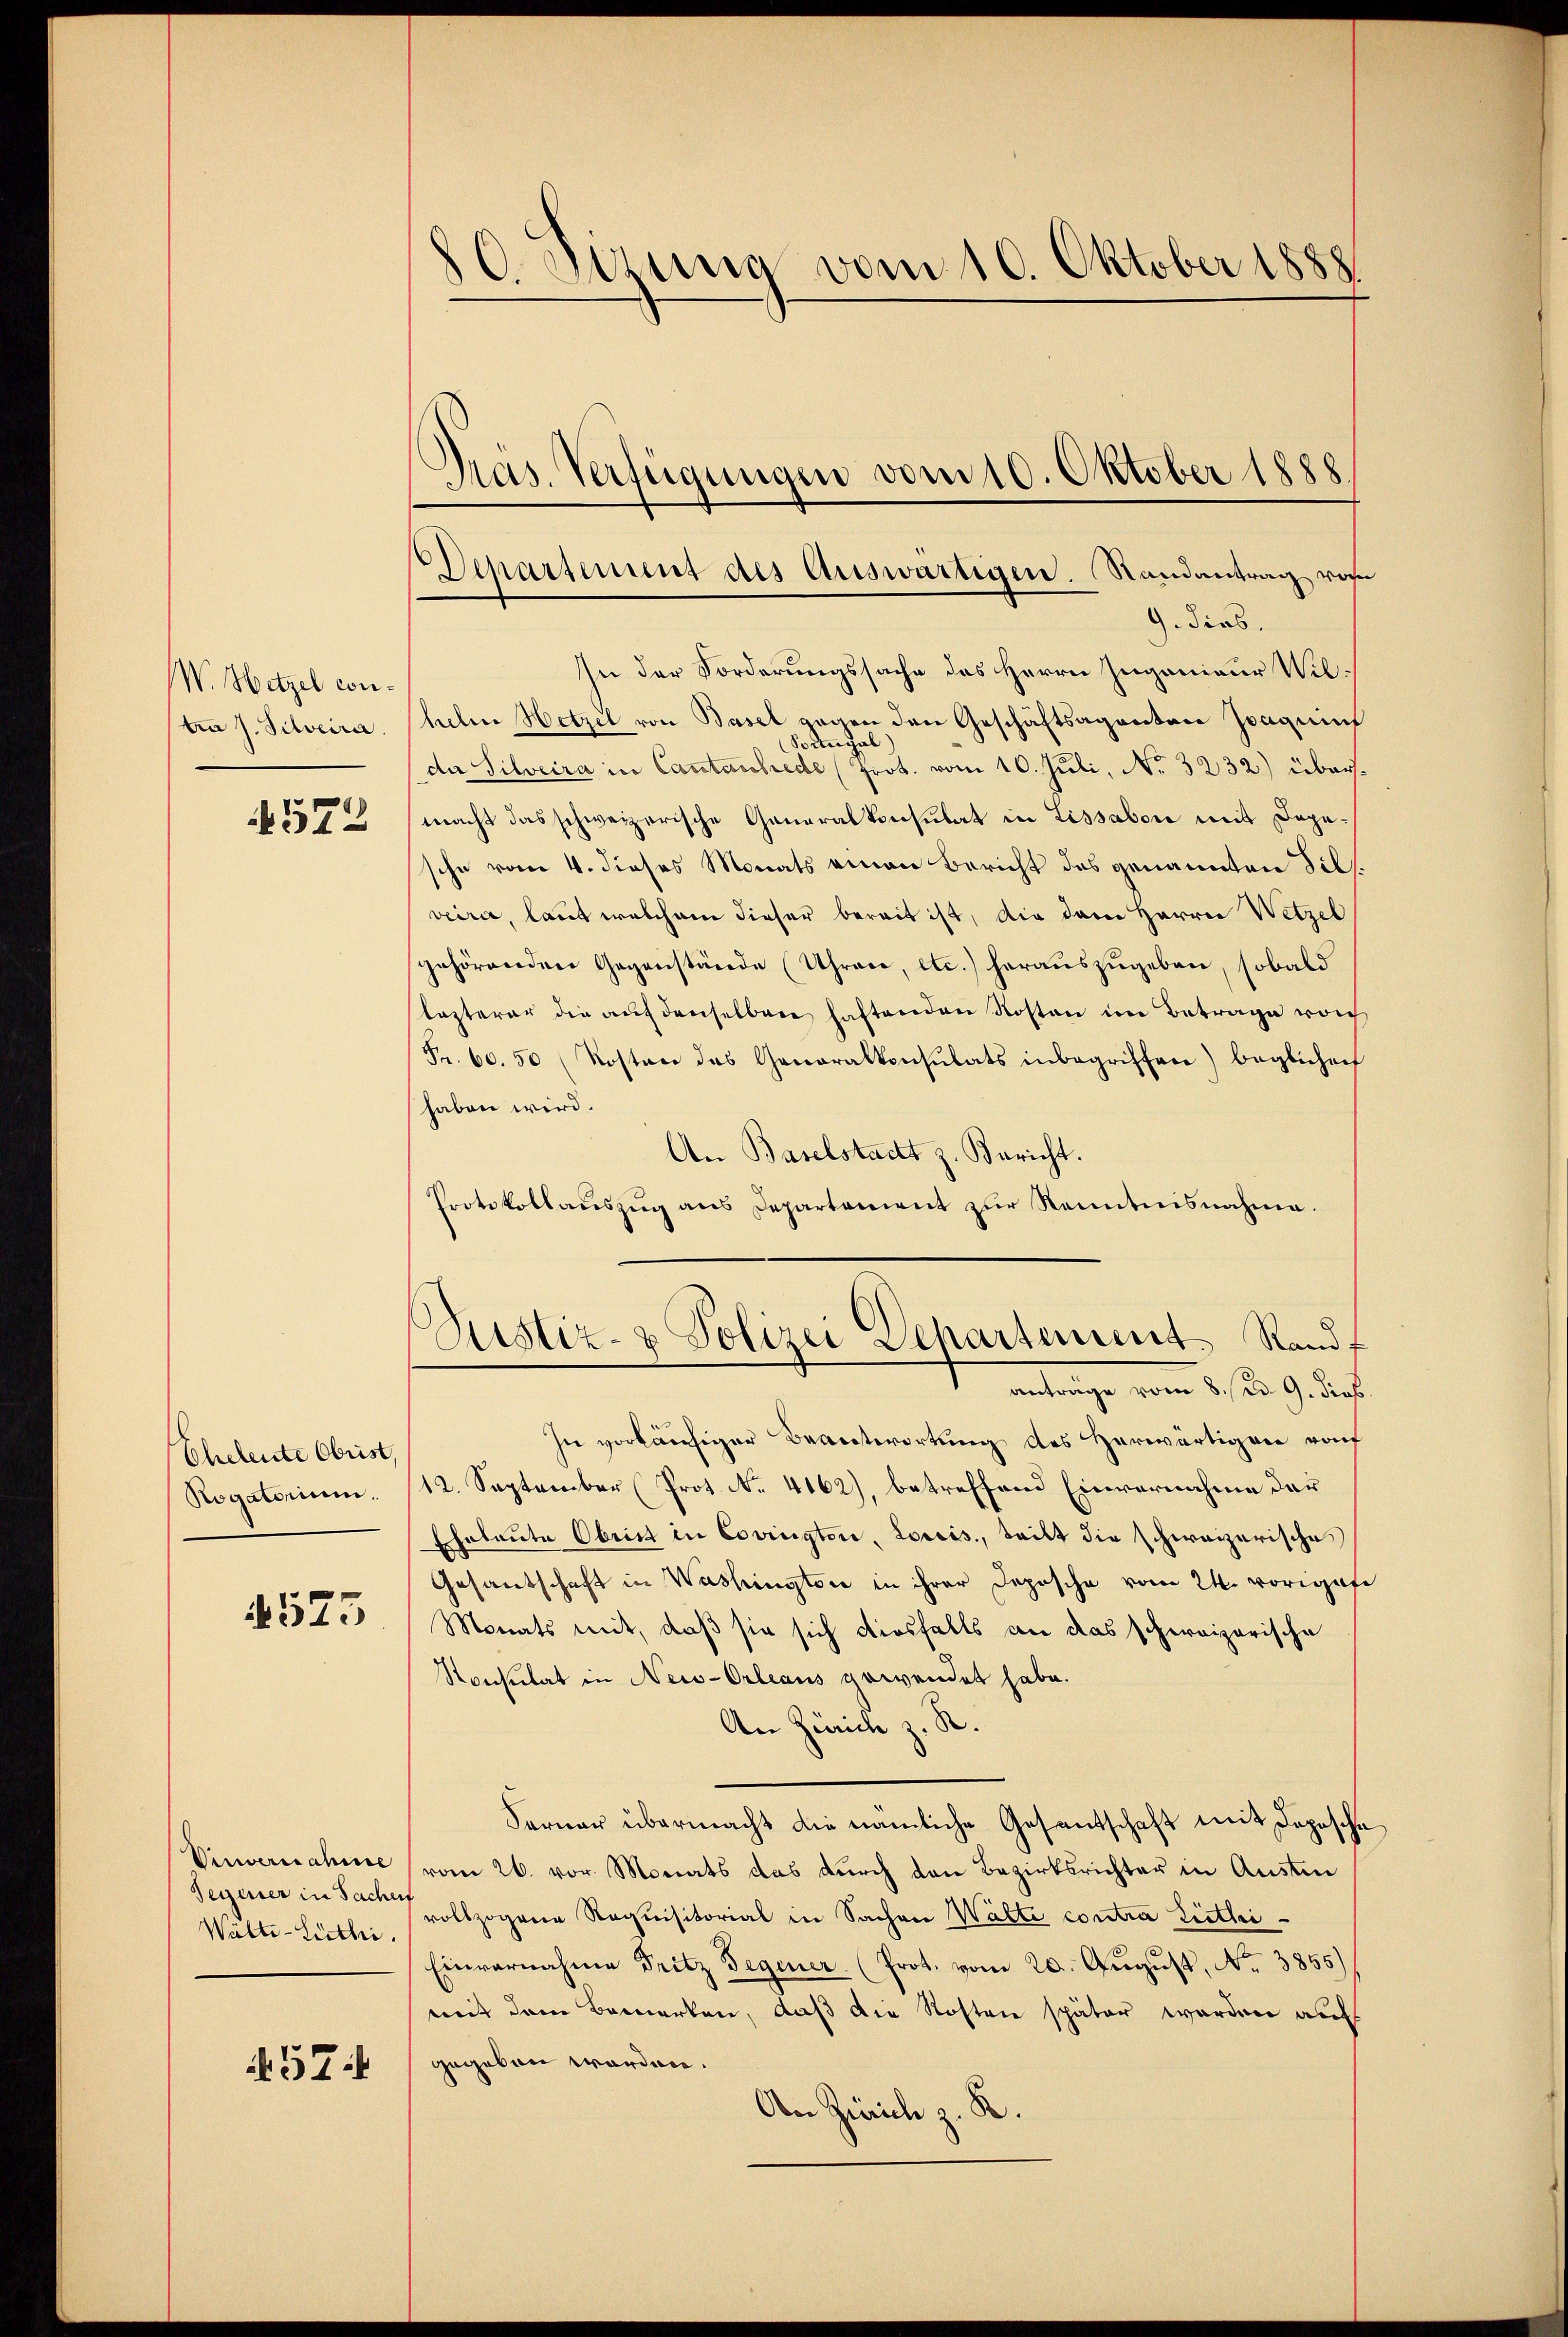
W. Hetzel contra J. Silveira
4572

Eheleute Obrist,
Rogatorium.

525

Vinvernahme
Segener in Sachen
Wälte-Liethi

574

80. Serena vom 10. Oktober 1888
Gras. Verfügungen vom 10. Oktober 1888

Departement des Auswärtigen. Randantrag von
9. dies

In der Forderungssache des Herrn Ingenieur Wilhelm Hetzel von Basel gegen den Geschäftsagantone Zagun
Soangal)
de Silveira in Cantaschiede (Prot. vom 10. Juli, No. 3232) übermacht das schweizerische Generalkonsulat in Lissabore mit Dagesche vom 4. dieses Monats einen Bericht des genannten Fils.
veere, laut welchem dieser bereit ist, die dem Herren Wetzel
gehörenden Gegenstände (Uhrace, etc.) herauszugeben, sobald
lezterer die auf denselben haftenden Kosten im Betrage von
Fr. 60. 50 (Kosten des Generalkonsulats inbegriffen) beglichenf
haben wird.
An Baselstadt z. Bericht.
Protokollauszug aus Departement zur Renntnisnahme.
Zustiz- & Polizei Departement. Standt
anträge vom 8. d. 9. dies
In vorläufiger Beantwortung des Herwärtigen rauf
12. September (Prot. No. 4162), betreffend Einvernahme der
Eheleute Obrist in Corrington, Loreis, teilt die schweizerische
Gesandschaft in Washingtone in ihrer Deposche vom 24. voriget
Monats mit, daß sie sich diesfalls an das schereizerische
Konsulat in Neis-Orleaus gewendet habe.
An Zürich z. R.
Ferner übermacht die nämliche Gesantschaft mit Depeschvom 26. vor. Monats das durch von Bezirksrichter in Austen
vollzogene Requisitorial in Sachen Watte contra Riethei¬
Einvernahme Fritz Gegener. (Prot. vom 20. August, No. 3855)
mit dem Bemerken, daß die Kosten später werden au
gegeben worden.
An Zürich z. K.